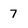
Character: 7